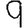
Digit: 9